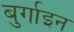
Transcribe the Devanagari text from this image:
बुर्गाइन